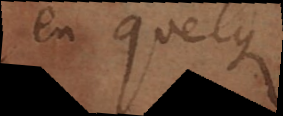
en quelque